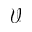
\mathcal { V }